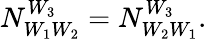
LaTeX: N_{W_{1}W_{2}}^{W_{3}}=N_{W_{2}W_{1}}^{W_{3}}.